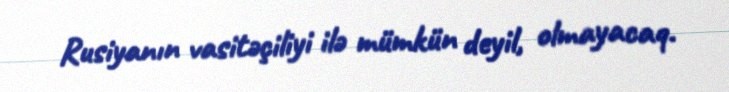
Rusiyanın vasitəçiliyi ilə mümkün deyil, olmayacaq.